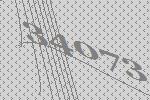
34073